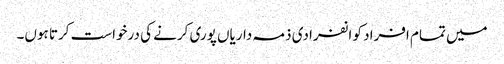
میں تمام افراد کو انفرادی ذمہ داریاں پوری کرنے کی درخواست کرتا ہوں۔